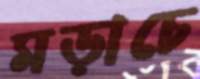
মড়াচে